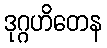
ဒုဂ္ဂဟိတေန